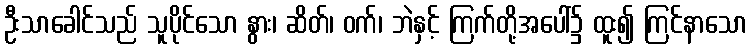
ဦးသာခေါင်သည် သူပိုင်သော နွား၊ ဆိတ်၊ ဝက်၊ ဘဲနှင့် ကြက်တို့အပေါ်၌ ထူး၍ ကြင်နာသော